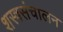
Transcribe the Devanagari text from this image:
शस्त्रसंचालन